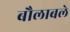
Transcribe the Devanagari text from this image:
बौलाबले